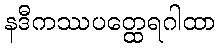
နဒီကဿပတ္ထေရဂါထာ